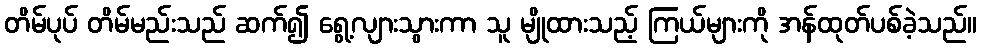
တိမ်ပုပ် တိမ်မည်းသည် ဆက်၍ ရွေ့လျားသွားကာ သူ မျိုထားသည့် ကြယ်များကို အန်ထုတ်ပစ်ခဲ့သည်။